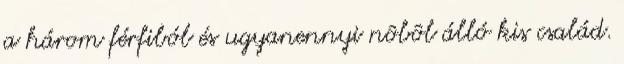
a három férfiból és ugyanennyi nôbôl álló kis család.